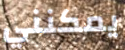
يمكنني